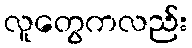
လူတွေကလည်း